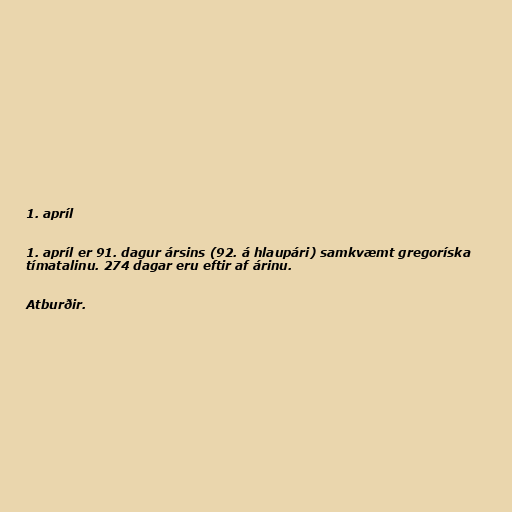
1. apríl

1. apríl er 91. dagur ársins (92. á hlaupári) samkvæmt gregoríska
tímatalinu. 274 dagar eru eftir af árinu.

Atburðir.